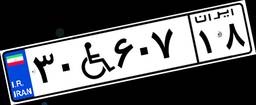
۳۰W۶۰۷۱۸